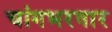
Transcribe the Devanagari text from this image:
चांगभरवार